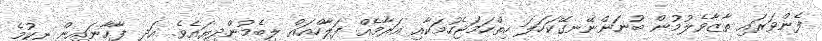
ފެންވަރައި ތާޒާވެލުމުން ބުނަންނޭނގޭކަހަލަ ހިތްހަމަޖެހުމަކާއި އަރާމެއް ފަލާހްއައް ލިބެމުންދިޔައެވެ. އަދި ފާހާނައިން ނިކުމެ